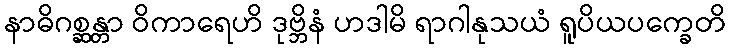
နာဓိဂစ္ဆန္တာ ဝိကာရေဟိ ဒုဗ္ဘိနံ ဟဒါမိ ရာဂါနုသယံ ရူပိယပက္ခေတိ